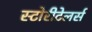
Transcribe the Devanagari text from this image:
स्टोरीटेलर्स